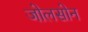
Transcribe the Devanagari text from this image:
जोलसोन